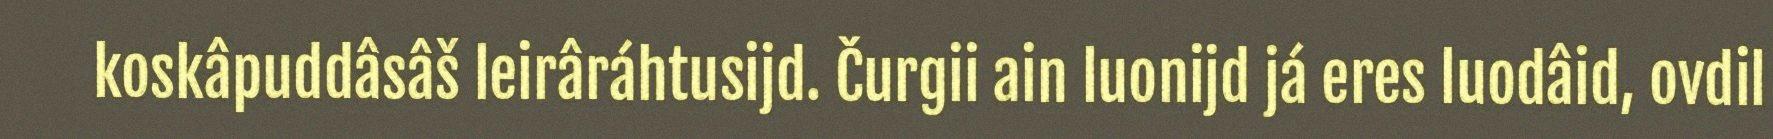
koskâpuddâsâš leirâráhtusijd. Čurgii ain luonijd já eres luodâid, ovdil